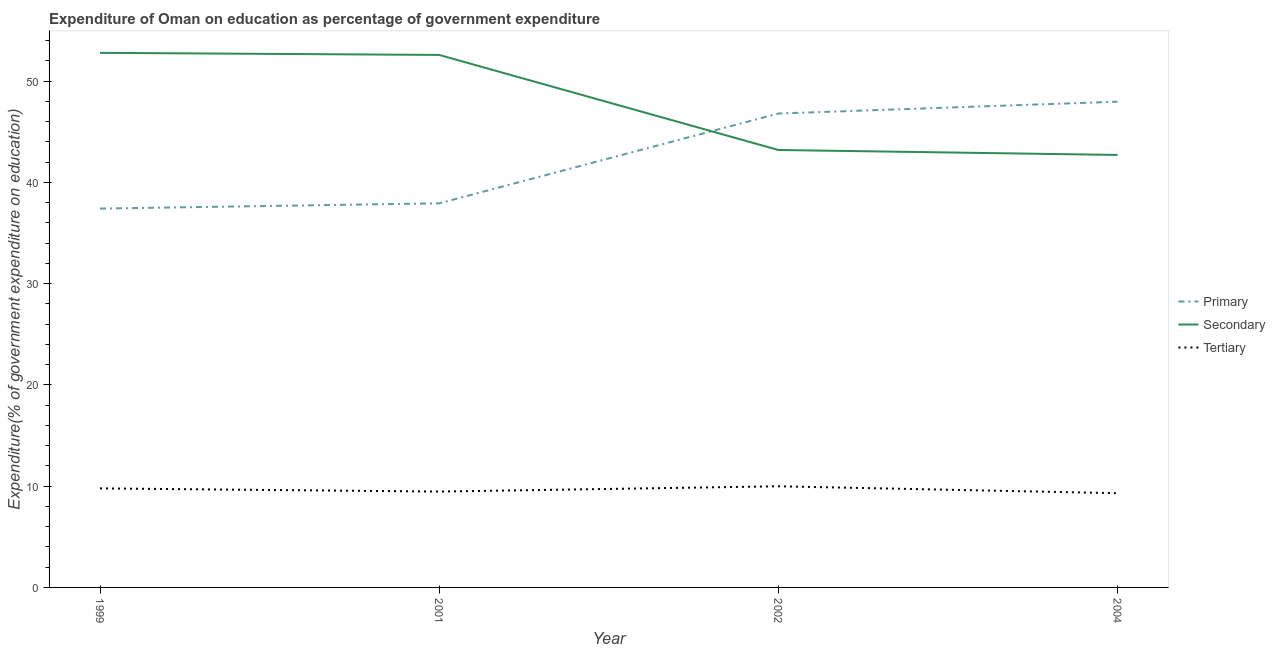
| Year | Primary | Secondary | Tertiary |
 | --- | --- | --- | --- |
 | 1999 | 37.4 | 52.8 | 9.78 |
 | 2001 | 37.9 | 52.6 | 9.47 |
 | 2002 | 46.8 | 43.2 | 9.99 |
 | 2004 | 48 | 42.7 | 9.31 |